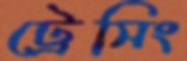
ট্রেসিং